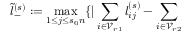
\tilde { l } _ { - } ^ { ( s ) } : = \operatorname* { m a x } _ { 1 \le j \le s _ { 0 } n } \{ | \sum _ { i \in \mathcal { V } _ { r 1 } } l _ { i j } ^ { ( s ) } - \sum _ { i \in \mathcal { V } _ { r 2 } }